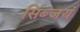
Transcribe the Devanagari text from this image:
सिब्जयं